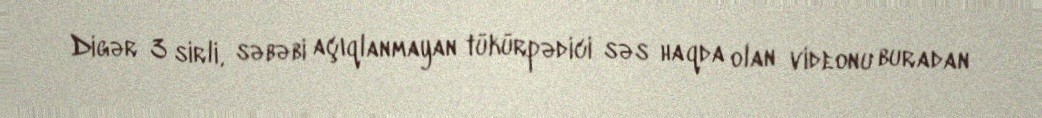
Digər 3 sirli, səbəbi açıqlanmayan tükürpədici səs haqda olan videonu buradan